Vaccination in Bombay 1863-1868 - 1863-1868
Year: 1863
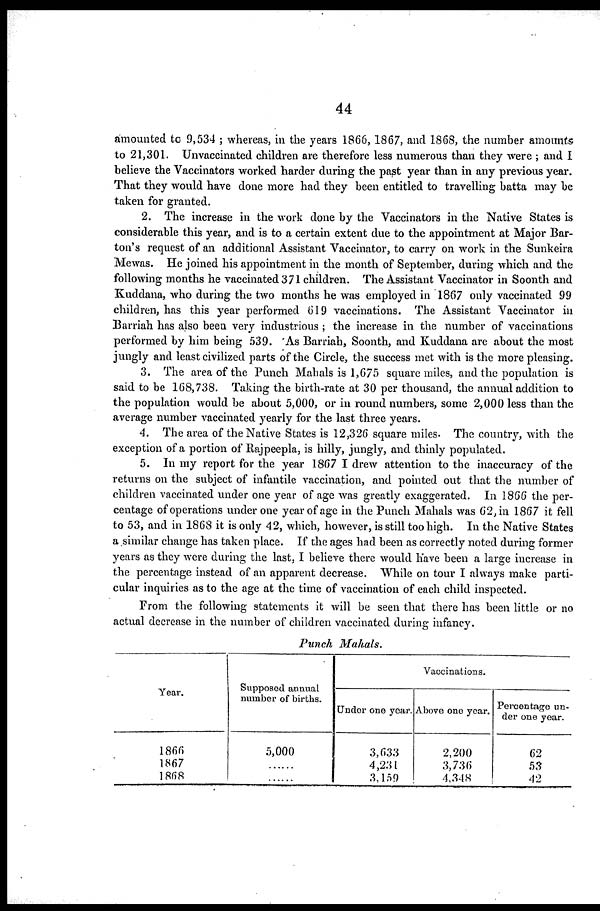
44
amounted to 9,534 ; whereas, in the years 1866,1867, and 1868, the number amounts
to 21,301. Unvaccinated children are therefore less numerous than they were ; and I
believe the Vaccinators worked harder during the past year than in any previous year.
That they would have done more had they been entitled to travelling batta may be
taken for granted.
2. The increase in the work done by the Vaccinators in the Native States is
considerable this year, and is to a certain extent due to the appointment at Major Bar-
ton's request of an additional Assistant Vaccinator, to carry on work in the Sunkeira
Mewas. He joined his appointment in the month of September, during which and the
following months he vaccinated 371 children. The Assistant Vaccinator in Soonth and
Kuddana, who during the two months he was employed in 1867 only vaccinated 99
children, has this year performed 619 vaccinations. The Assistant Vaccinator in
Barriah has also been very industrious ; the increase in the number of vaccinations
performed by him being 539. As Barriah, Soonth, and Kuddana are about the most
jungly and least civilized parts of the Circle, the success met with is the more pleasing.
3. The area of the Punch Mahals is 1,675 square miles, and the population is
said to be 168,738. Taking the birth-rate at 30 per thousand, the annual addition to
the population would be about 5,000, or in round numbers, some 2,000 less than the
average number vaccinated yearly for the last three years.
4. The area of the Native States is 12,326 square miles. The country, with the
exception of a portion of Rajpeepla, is hilly, jungly, and thinly populated.
5. In my report for the year 1867 I drew attention to the inaccuracy of the
returns on the subject of infantile vaccination, and pointed out that the number of
children vaccinated under one year of age was greatly exaggerated. In 1866 the per-
centage of operations under one year of age in the Punch Mahals was 62, in 1867 it fell
to 53, and in 1868 it is only 42, which, however, is still too high. In the Native States
a similar change has taken place. If the ages had been as correctly noted during former
years as they were during the last, I believe there would have been a large increase in
the percentage instead of an apparent decrease. While on tour I always make parti-
cular inquiries as to the age at the time of vaccination of each child inspected.
From the following statements it will be seen that there has been little or no
actual decrease in the number of children vaccinated during infancy.
Punch Mahals.
Year.
1866
1867
1868
Supposed annual
number of births.
5,000
....
....
Vaccinations.
Under one year.
3,633
4,231
3,159
Above one year.
2,200
3,736
4,348
Percentage un-
der one year.
62
53
42